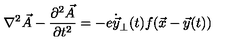
\nabla ^ { 2 } \vec { A } - { \frac { \partial ^ { 2 } \vec { A } } { \partial t ^ { 2 } } } = - e \dot { \vec { y } } _ { \perp } ( t ) f ( \vec { x } - \vec { y } ( t ) )